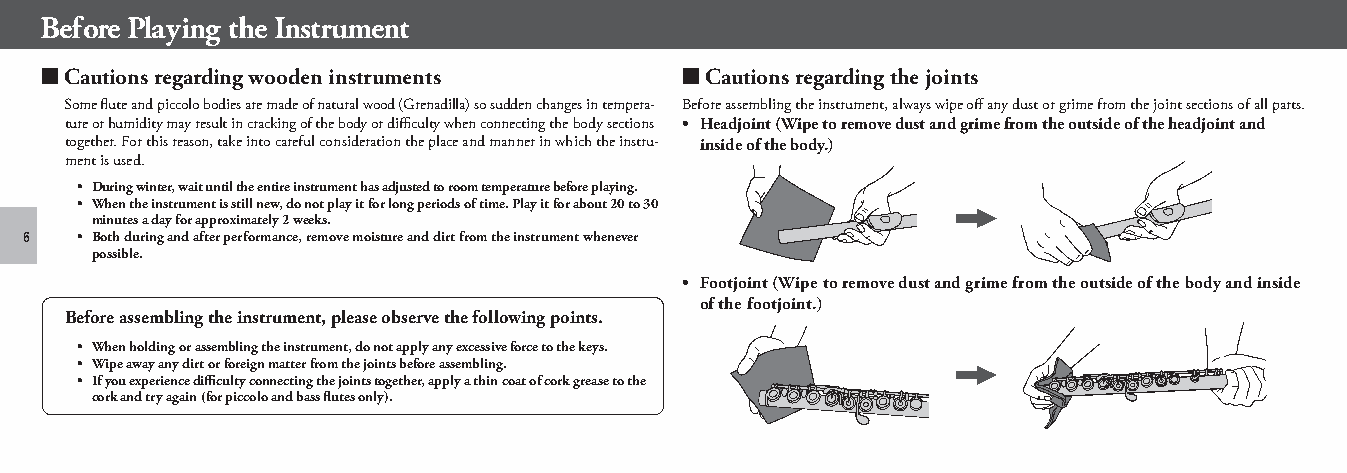
Before Playing the Instrument
 ■ Cautions regarding wooden instruments   ■ Cautions regarding the joints
 Some flute and piccolo bodies are made of natural wood (Grenadilla) so sudden changes in tempera- Before assembling the instrument, always wipe off any dust or grime from the joint sections of all parts.
 ture or humidity may result in cracking of the body or difficulty when connecting the body sections • Headjoint (Wipe to remove dust and grime from the outside of the headjoint and
 together. For this reason, take into careful consideration the place and manner in which the instru- inside of the body.)
 ment is used.
 • During winter, wait until the entire instrument has adjusted to room temperature before playing.
 • When the instrument is still new, do not play it for long periods of time. Play it for about 20 to 30
 minutes a day for approximately 2 weeks.
 6  • Both during and after performance, remove moisture and dirt from the instrument whenever
 possible.
 • Footjoint (Wipe to remove dust and grime from the outside of the body and inside
 of the footjoint.)
 Before assembling the instrument, please observe the following points.
 • When holding or assembling the instrument, do not apply any excessive force to the keys.
 • Wipe away any dirt or foreign matter from the joints before assembling.
 • If you experience difficulty connecting the joints together, apply a thin coat of cork grease to the
 cork and try again (for piccolo and bass flutes only).
 piccolo_flute_en_om_b0_1224.indd 6                                              2021/01/07 13:01:08